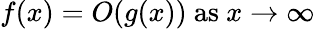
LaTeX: f(x)=O(g(x)){\mathrm{~as~}}x\to\infty